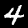
Digit: 4